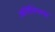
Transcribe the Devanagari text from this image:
ऑरेलियास